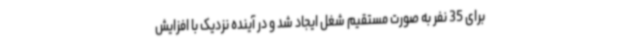
برای 35 نفر به صورت مستقیم شغل ایجاد شد و در آینده نزدیک با افزایش